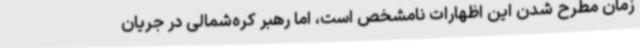
زمان مطرح شدن این اظهارات نامشخص است، اما رهبر کره‌شمالی در جریان